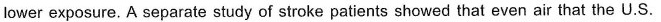
lower exposure. A separate study of stroke patients showed that even air that the U.S.